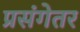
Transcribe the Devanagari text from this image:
प्रसंगेतर